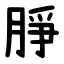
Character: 㬹